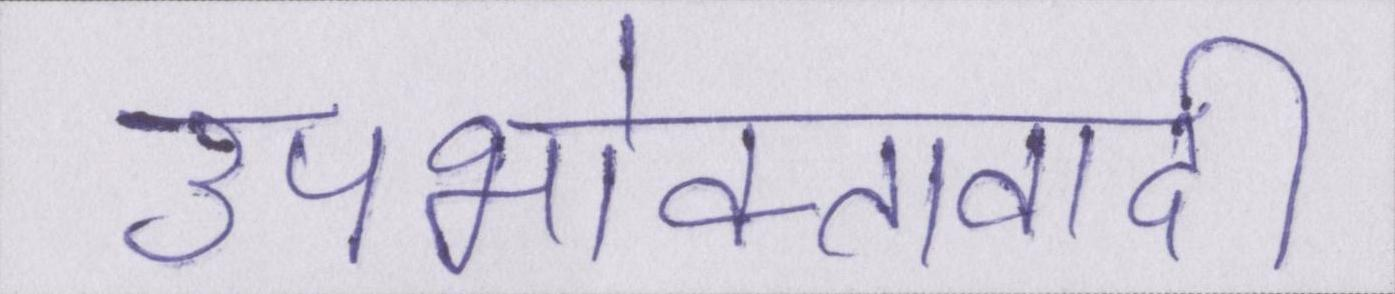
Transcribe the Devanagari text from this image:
उपभोक्तावादी